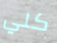
كلي